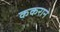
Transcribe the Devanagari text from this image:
ककराने